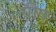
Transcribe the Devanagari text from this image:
ग्रीष